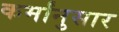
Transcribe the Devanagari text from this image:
कर्मांनुसार